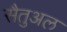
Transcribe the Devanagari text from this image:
सैतुअल